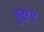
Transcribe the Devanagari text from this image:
बुकाउट